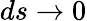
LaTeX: ds\to 0